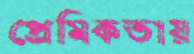
প্রেমিকতায়